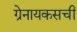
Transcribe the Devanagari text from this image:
ग्रेनायकसची